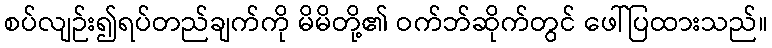
စပ်လျဉ်း၍ရပ်တည်ချက်ကို မိမိတို့၏ ဝက်ဘ်ဆိုက်တွင် ဖေါ်ပြထားသည်။